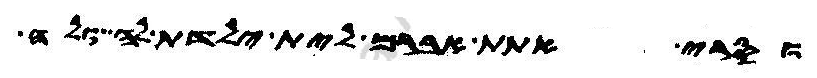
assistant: וסרי אתת אברם לית ילדת לה ולה